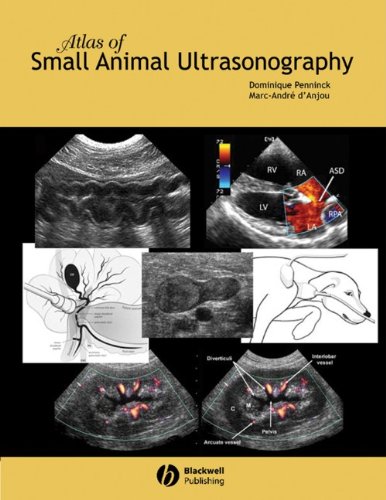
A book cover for Atlas of Small Animal Ultrasonography; Medical Books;